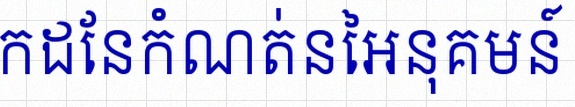
រកដែនកំណត់នៃអនុគមន៍